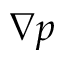
\nabla p